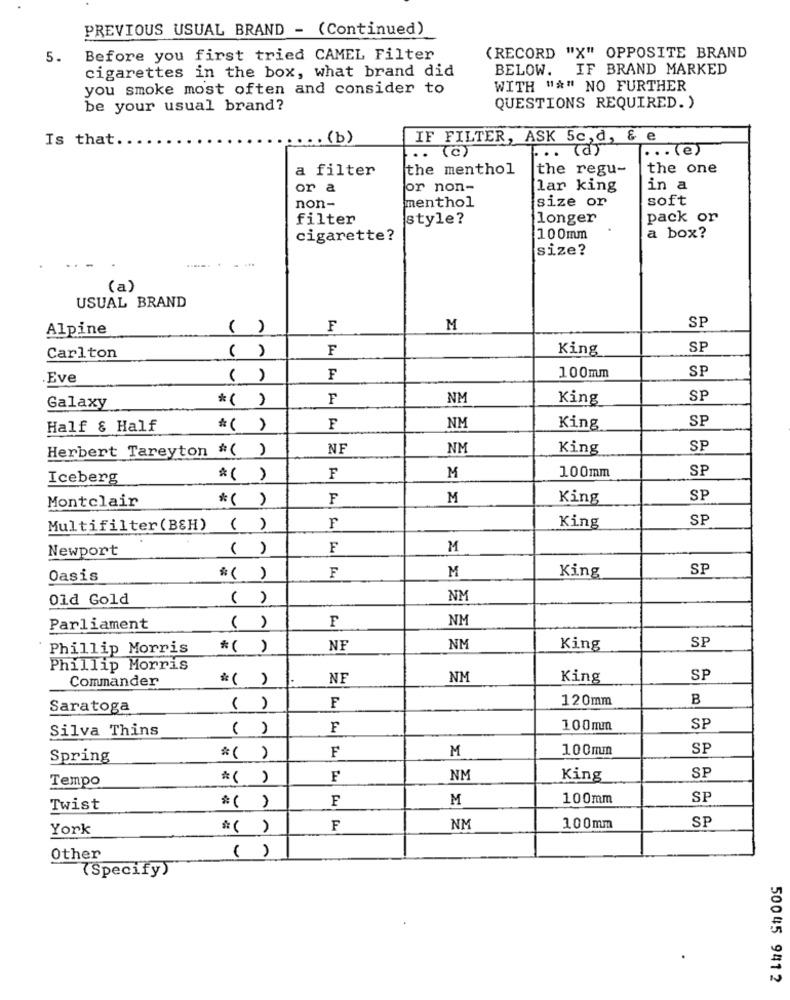
PREVIOUS USUAL BRAND - (Continued)
5.
Before you first tried CAMEL Filter
(RECORD "X" OPPOSITE BRAND
cigarettes in the box, what brand did
BELOW. IF BRAND MARKED
you smoke most often and consider to
WITH "*" NO FURTHER
be your usual brand?
QUESTIONS REQUIRED. )
Is that.
. . (b)
IF FILTER, ASK 5c, d, & e
(C)
.. (d)
... (e)
a filter
the menthol
the regu-
the one
or a
or non-
lar king
in a
menthol
soft
non-
size or
filter
style?
longer
pack or
cigarette?
100mm
a box?
size?
. ...
(a)
USUAL BRAND
SP
Alpine
( )
F
M
( )
F
King
SP
Carlton
SP
.Eve
( )
F
100mm
*( )
F
NM
King
SP
Galaxy
SP
Half & Half
*( )
F
NM
King
Herbert Tareyton "()
NF
NM
King
SP
100mm
SP
Iceberg
*( )
F
M
Montclair
*( )
F
M
King
SP
SP
Multifilter (B&H)
( )
F
King
Newport
( )
F
M
M
SP
Oasis
* ( )
F
King
old Gold
( )
NM
F
NM
Parliament
( )
SF
Phillip Morris
* ( )
NF
NM
King
Phillip Morris
Commander
*()
NF
NM
King
SP
120mm
B
Saratoga
( )
F
Silva Thins
( )
100mm
SP
M
100mm
SP
Spring
*( )
F
Tempo
*( )
F
NM
King
SP
F
M
100mm
SP
Twist
* ( )
SP
York
*( )
F
NM
100mm
Other
( )
(Specify)
50045 9412